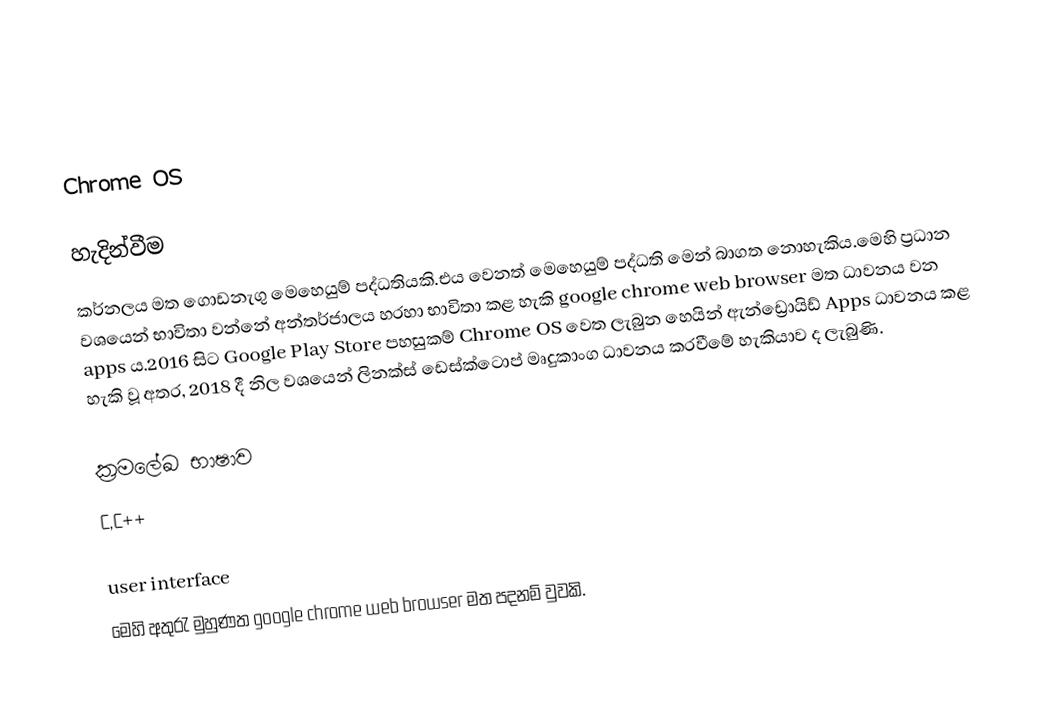

Chrome OS

හැදින්වීම
කර්නලය මත ගොඩනැගු මෙහෙයුම් පද්ධතියකි.එය වෙනත් මෙහෙයුම් පද්ධති මෙන් බාගත නොහැකිය.මෙහි ප්‍රධාන වශයෙන් භාවිතා වන්නේ අන්තර්ජාලය හරහා භාවිතා කළ හැකි google chrome web browser මත ධාවනය වන apps ය.2016 සිට Google Play Store පහසුකම් Chrome OS වෙත ලැබුන හෙයින් ඇන්ඩ්‍රොයිඩ් Apps ධාවනය කළ හැකි වූ අතර, 2018 දී නිල වශයෙන් ලිනක්ස් ඩෙස්ක්ටොප් මෘදුකාංග ධාවනය කරවීමේ හැකියාව ද ලැබුණි.

ක්‍රමලේඛ භාෂාව
C,C++

user interface
මෙහි අතුරැ මුහුණත google chrome  web browser මත පදනම් වුවකි.